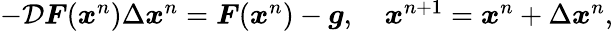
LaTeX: \begin{array}{r}{-\mathcal{D}\boldsymbol{F}(\boldsymbol{x}^{n})\Delta\boldsymbol{x}^{n}=\boldsymbol{F}(\boldsymbol{x}^{n})-\boldsymbol{g},\quad\boldsymbol{x}^{n+1}=\boldsymbol{x}^{n}+\Delta\boldsymbol{x}^{n},}\end{array}